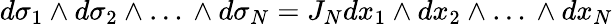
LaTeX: d\sigma_{1}\wedge d\sigma_{2}\wedge\ldots\, \wedge d\sigma_{N}=J_{N}dx_{1}\wedge dx_{2}\wedge\ldots\, \wedge dx_{N}